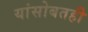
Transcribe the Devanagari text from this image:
यांसोबतही